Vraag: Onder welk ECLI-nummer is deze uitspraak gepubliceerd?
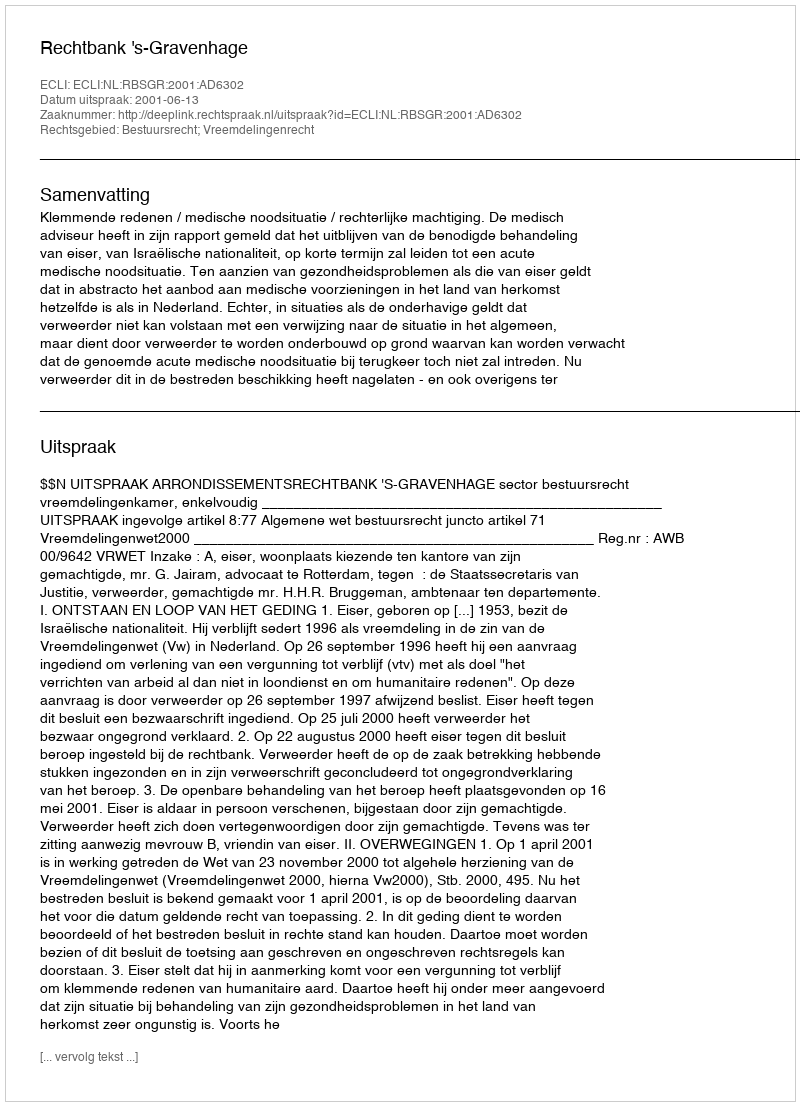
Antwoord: ECLI:NL:RBSGR:2001:AD6302